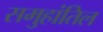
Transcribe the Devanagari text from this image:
समुहांतिल